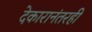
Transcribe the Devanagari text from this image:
देकारानंतरही